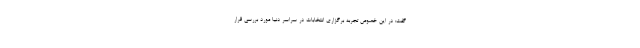
گفت: در این خصوص تجربه برگزاری انتخابات در سراسر دنیا مورد بررسی قرار